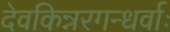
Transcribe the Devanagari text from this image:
देवकिन्नरगन्धर्वाः